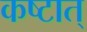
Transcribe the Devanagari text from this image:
कष्टात्